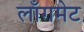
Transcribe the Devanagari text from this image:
लाँगमेट